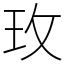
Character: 玫